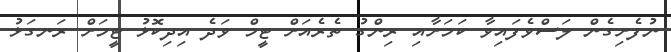
ނުފެށިގެން ލަސްވެފައިވާ ކަމަށާއި ރިންގު ތެރެއަށް ޓީމް ވަދެ އިދިކޮޅު ޓީމަށް ރަނގަޅު